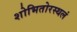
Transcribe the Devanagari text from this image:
शोभितोरस्थलं